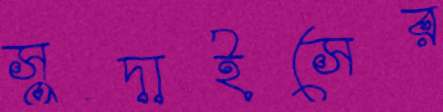
সুদাইসের